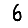
Digit: 6